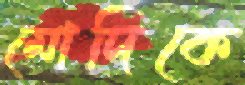
মোদিকে